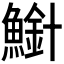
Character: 𫠍